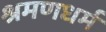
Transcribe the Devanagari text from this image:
श्रमणधर्म